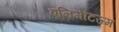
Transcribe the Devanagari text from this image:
एनिमेटिज्म